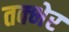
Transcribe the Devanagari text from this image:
तक्भेर